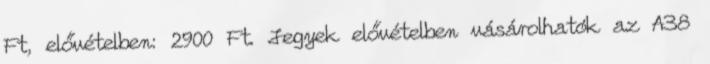
Ft, elővételben: 2900 Ft. Jegyek elővételben vásárolhatók az A38